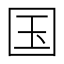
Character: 国